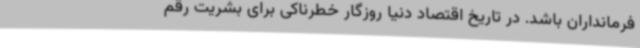
فرمانداران باشد. در تاریخ اقتصاد دنیا روزگار خطرناکی برای بشریت رقم